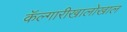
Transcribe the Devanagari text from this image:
कॅल्गारीखालोखाल